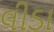
લીડા